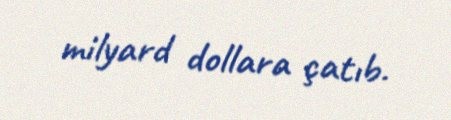
milyard dollara çatıb.